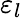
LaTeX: \varepsilon_{l}